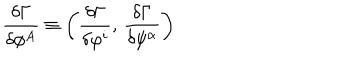
LaTeX: \frac { \delta \Gamma } { \delta \phi ^ { A } } \equiv \bigg ( \frac { \delta \Gamma } { \delta \varphi ^ { i } } , \, \frac { \delta \Gamma } { \delta \psi ^ { \alpha } } \bigg )